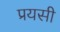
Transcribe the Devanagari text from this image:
प्रयसी